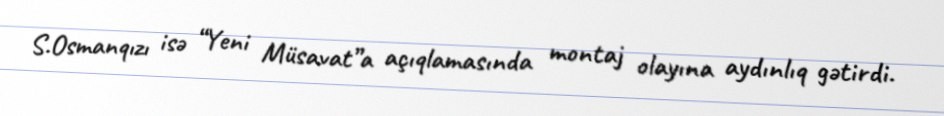
S.Osmanqızı isə “Yeni Müsavat”a açıqlamasında montaj olayına aydınlıq gətirdi.